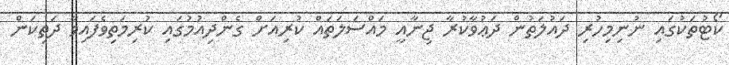
ކޯޓުތަކުގައި ނުނިމިހުރި ދައުލަތުން ދަޢުވާކުރާ ޖިނާއީ މައްސަލަތައް ކުރިއަށް ގެންދިއުމުގައި ކުރިމަތިވެފައިވާ ދަތިކަން